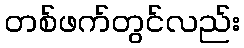
တစ်ဖက်တွင်လည်း